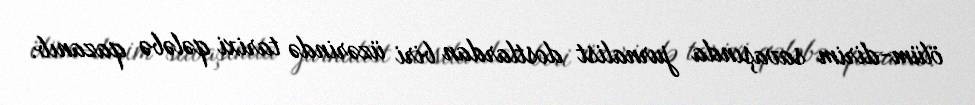
ölüm-dirim savaşında jurnalist dostlardan biri üzərində tarixi qələbə qazanıb.